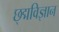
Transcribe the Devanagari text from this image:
छ्द्मविज्ञान